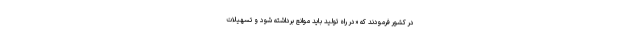
در کشور فرمودند که «در راه تولید باید موانع برداشته شود و تسهیلات